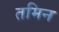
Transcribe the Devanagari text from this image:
तमिन